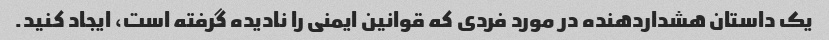
یک داستان هشداردهنده در مورد فردی که قوانین ایمنی را نادیده گرفته است، ایجاد کنید.